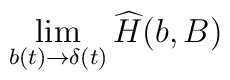
\lim _{b(t)\to\delta (t)} {\widehat H}(b,B)